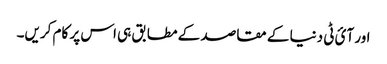
اور آئ ٹی دنیا کے مقاصد کے مطابق ہی اس پر کام کریں۔